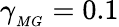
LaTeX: \gamma_{_{MG}}=0.1